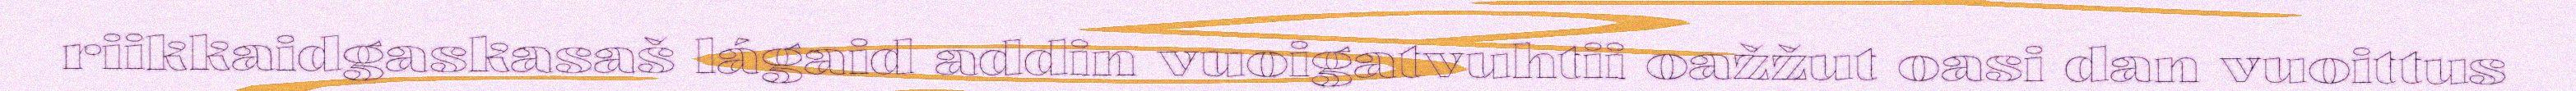
riikkaidgaskasaš lágaid addin vuoigatvuhtii oažžut oasi dan vuoittus